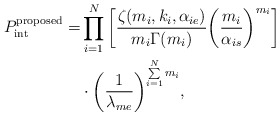
\begin{align*}{P^{\textrm{proposed}}_{{\mathop{\textrm{int}}} }} =& \prod\limits_{i = 1}^N {\left[ {\frac{{\zeta ({m_i},{k_i},{\alpha _{ie}})}}{{{m_i}\Gamma ({m_i})}}{{\left( {\frac{{{m_i}}}{{{\alpha _{is}}}}} \right)}^{{m_i}}}} \right]}\\&\cdot {\left( {\frac{1}{{{\lambda _{me}}}}} \right)^{\sum\limits_{i = 1}^N {{m_i}} }},\end{align*}